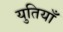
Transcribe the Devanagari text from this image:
युतियाँ